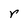
Character: r